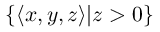
\{ \langle x , y , z \rangle | z > 0 \}